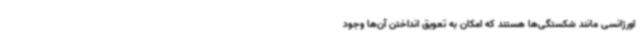
اورژانسی مانند شکستگی‌ها هستند که امکان به تعویق انداختن آن‌ها وجود